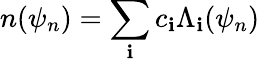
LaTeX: n(\psi_{n})=\sum_{\mathbf{i}}c_{\mathbf{i}}\Lambda_{\mathbf{i}}(\psi_{n})